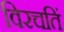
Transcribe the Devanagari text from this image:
विरचतिं